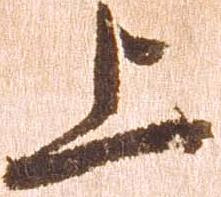
上